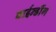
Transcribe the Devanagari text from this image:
बाईन्डींग